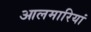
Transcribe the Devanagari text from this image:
आलमारियां